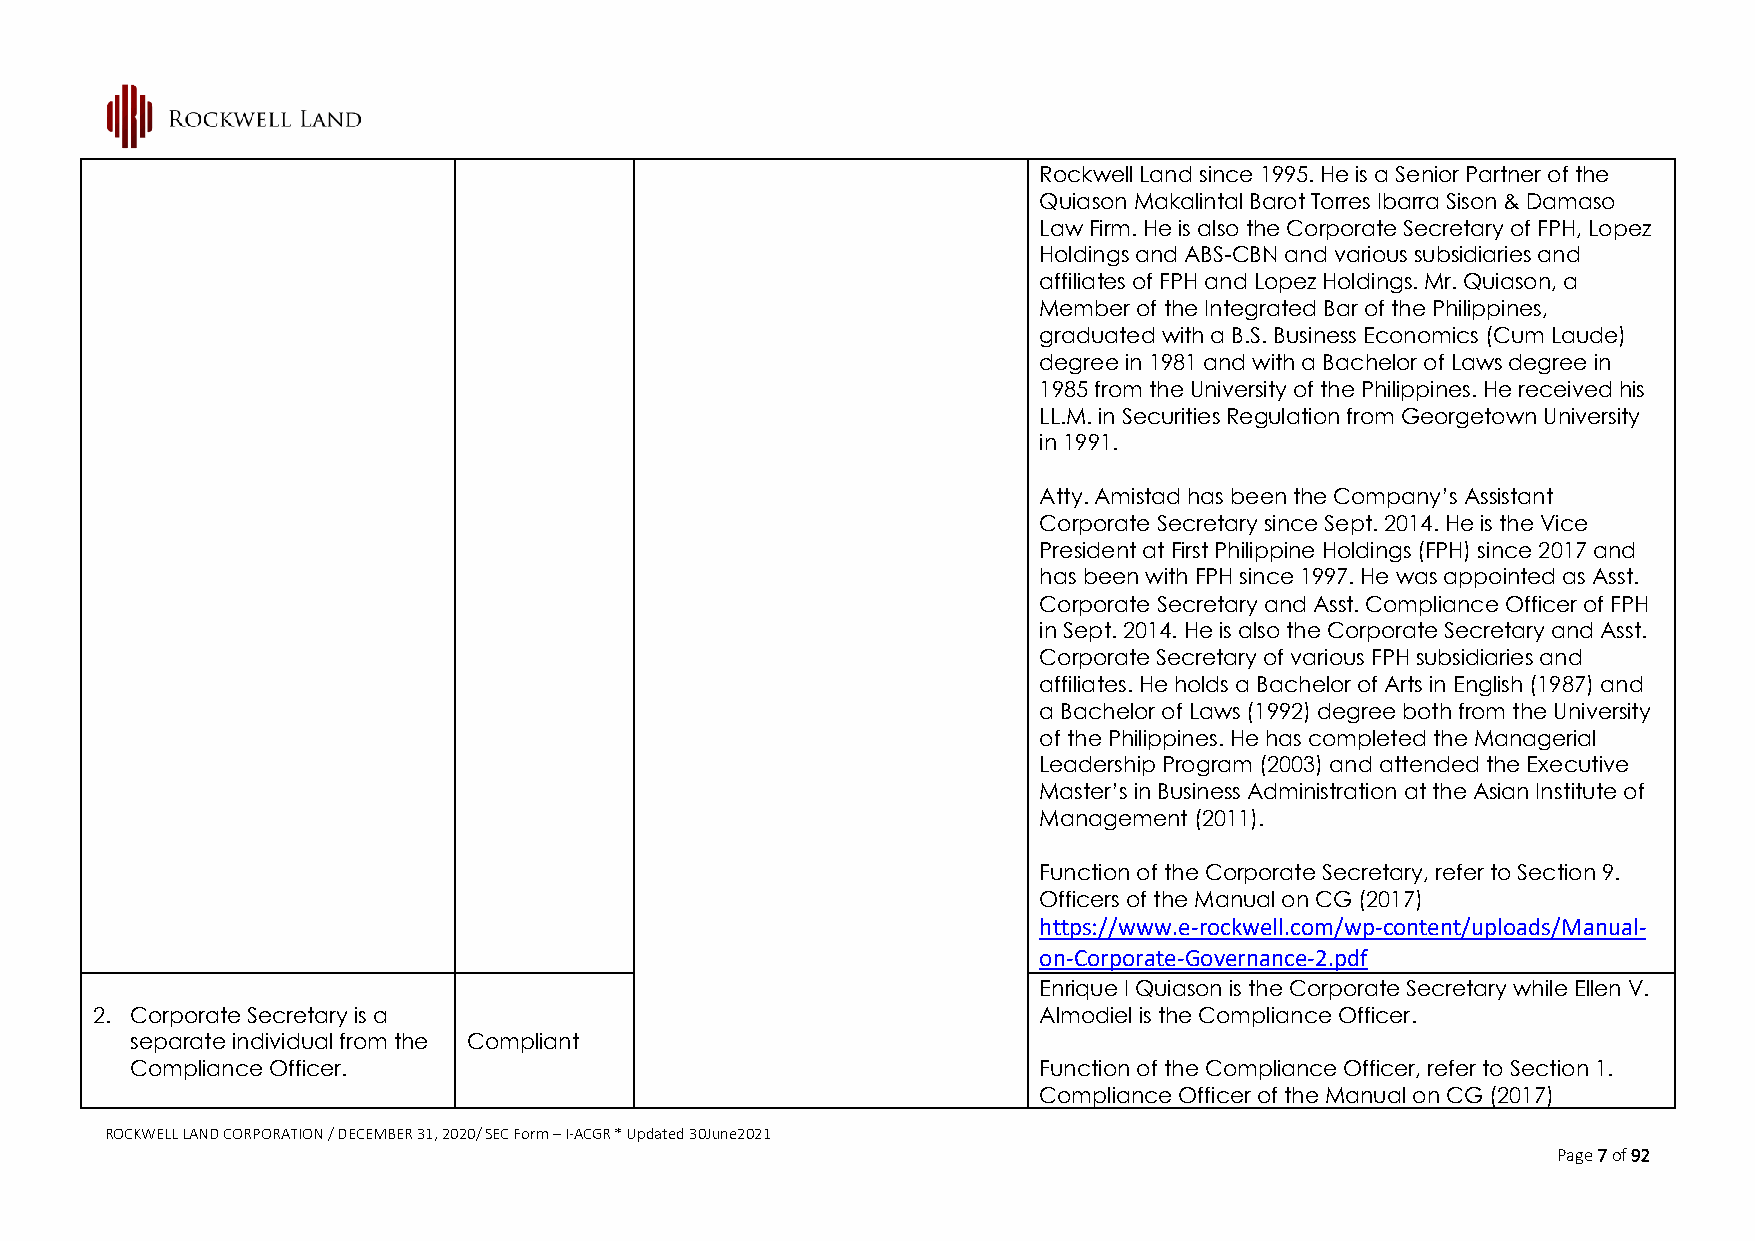
Rockwell Land since 1995. He is a Senior Partner of the
 Quiason Makalintal Barot Torres Ibarra Sison & Damaso
 Law Firm. He is also the Corporate Secretary of FPH, Lopez
 Holdings and ABS-CBN and various subsidiaries and
 affiliates of FPH and Lopez Holdings. Mr. Quiason, a
 Member of the Integrated Bar of the Philippines,
 graduated with a B.S. Business Economics (Cum Laude)
 degree in 1981 and with a Bachelor of Laws degree in
 1985 from the University of the Philippines. He received his
 LL.M. in Securities Regulation from Georgetown University
 in 1991.
 Atty. Amistad has been the Company’s Assistant
 Corporate Secretary since Sept. 2014. He is the Vice
 President at First Philippine Holdings (FPH) since 2017 and
 has been with FPH since 1997. He was appointed as Asst.
 Corporate Secretary and Asst. Compliance Officer of FPH
 in Sept. 2014. He is also the Corporate Secretary and Asst.
 Corporate Secretary of various FPH subsidiaries and
 affiliates. He holds a Bachelor of Arts in English (1987) and
 a Bachelor of Laws (1992) degree both from the University
 of the Philippines. He has completed the Managerial
 Leadership Program (2003) and attended the Executive
 Master’s in Business Administration at the Asian Institute of
 Management (2011).
 Function of the Corporate Secretary, refer to Section 9.
 Officers of the Manual on CG (2017)
 https://www.e-rockwell.com/wp-content/uploads/Manual-
 on-Corporate-Governance-2.pdf
 Enrique I Quiason is the Corporate Secretary while Ellen V.
 2. Corporate Secretary is a                                    Almodiel is the Compliance Officer.
 separate individual from the Compliant
 Compliance Officer.                                         Function of the Compliance Officer, refer to Section 1.
 Compliance Officer of the Manual on CG (2017)
 ROCKWELL LAND CORPORATION / DECEMBER 31, 2020/ SEC Form – I-ACGR * Updated 30June2021
 Page 7 of 92